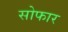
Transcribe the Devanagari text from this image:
सोफार